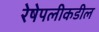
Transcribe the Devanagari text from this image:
रेषेपलीकडील